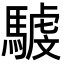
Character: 𩤾